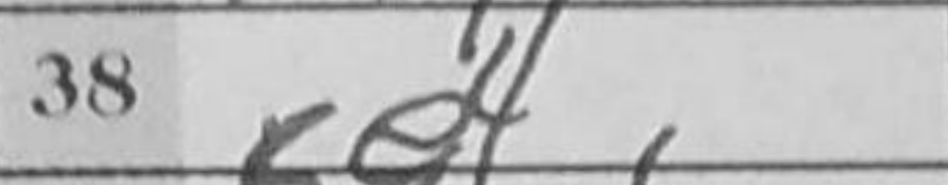
Transcription: Be4